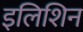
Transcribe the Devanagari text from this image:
इलिशिन